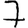
Digit: 7